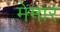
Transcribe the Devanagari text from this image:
मेमार